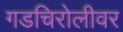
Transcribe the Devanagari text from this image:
गडचिरोलीवर